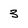
Character: 3